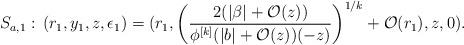
LaTeX: \begin{align*} S_{a,1}:\,(r_1,y_1,z,\epsilon_1) = (r_1,\left(\frac{2(\vert \beta \vert+\mathcal O(z))}{\phi^{[k]}(\vert b\vert + \mathcal O(z))(-z) } \right)^{1/k} + \mathcal O(r_1),z,0).\end{align*}